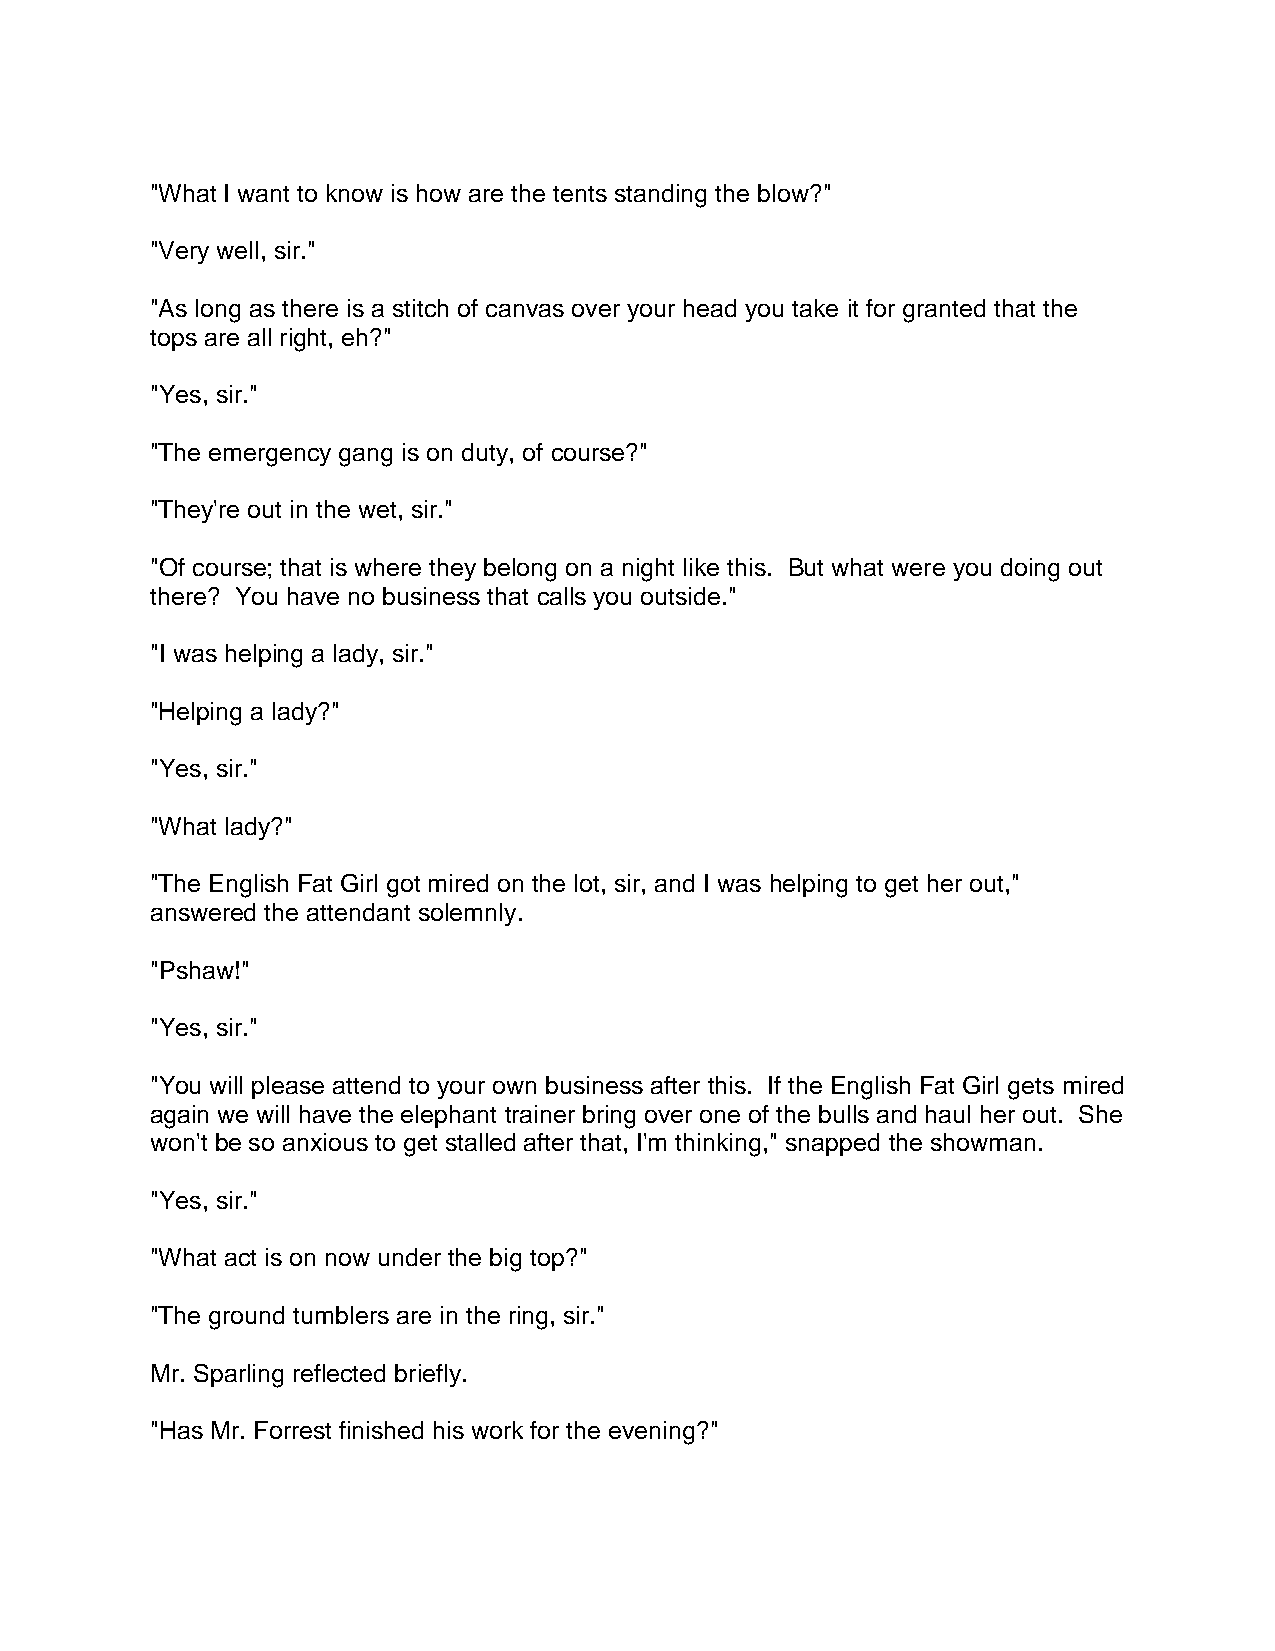
"What I want to know is how are the tents standing the blow?"
 "Very well, sir."
 "As long as there is a stitch of canvas over your head you take it for granted that the
 tops are all right, eh?"
 "Yes, sir."
 "The emergency gang is on duty, of course?"
 "They're out in the wet, sir."
 "Of course; that is where they belong on a night like this. But what were you doing out
 there? You have no business that calls you outside."
 "I was helping a lady, sir."
 "Helping a lady?"
 "Yes, sir."
 "What lady?"
 "The English Fat Girl got mired on the lot, sir, and I was helping to get her out,"
 answered the attendant solemnly.
 "Pshaw!"
 "Yes, sir."
 "You will please attend to your own business after this. If the English Fat Girl gets mired
 again we will have the elephant trainer bring over one of the bulls and haul her out. She
 won't be so anxious to get stalled after that, I'm thinking," snapped the showman.
 "Yes, sir."
 "What act is on now under the big top?"
 "The ground tumblers are in the ring, sir."
 Mr. Sparling reflected briefly.
 "Has Mr. Forrest finished his work for the evening?"